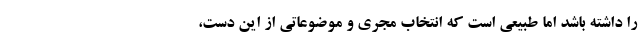
را داشته باشد اما طبیعی است که انتخاب مجری و موضوعاتی از این دست،